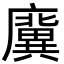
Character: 𢋸